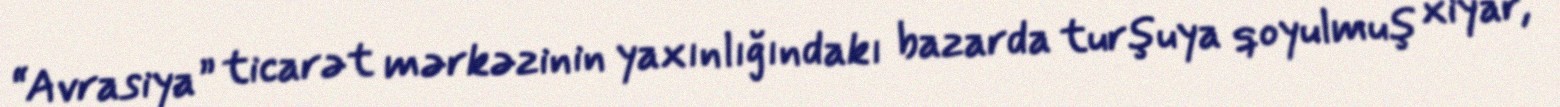
“Avrasiya” ticarət mərkəzinin yaxınlığındakı bazarda turşuya qoyulmuş xiyar,